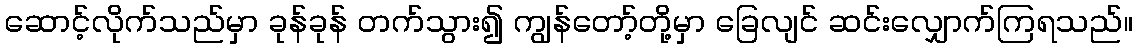
ဆောင့်လိုက်သည်မှာ ခုန်ခုန် တက်သွား၍ ကျွန်တော့်တို့မှာ ခြေလျင် ဆင်းလျှောက်ကြရသည်။